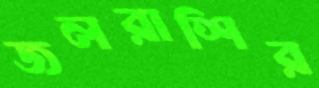
জলরাশির